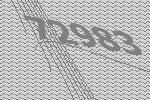
72983